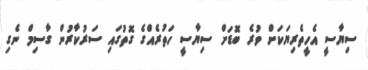
ސިޔާސީ އެހީތެރިޔަކަށް ވުރެ ބޮޑަށް ސިޔާސީ ހަތުރެއްގެ ގޮތުގައި ސަރުކާރުން ގާސިމް ނެގި